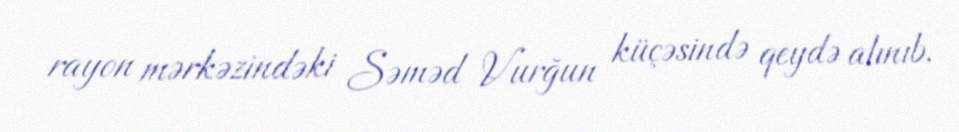
rayon mərkəzindəki Səməd Vurğun küçəsində qeydə alınıb.